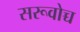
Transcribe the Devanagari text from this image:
सरूवोच्च